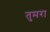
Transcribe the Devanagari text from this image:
तुमरा